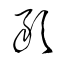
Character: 敢